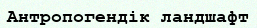
Антропогендік ландшафт